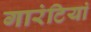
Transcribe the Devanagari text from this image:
गारंटियां